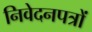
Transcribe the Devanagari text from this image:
निवेदनपत्रों